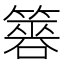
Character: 簭